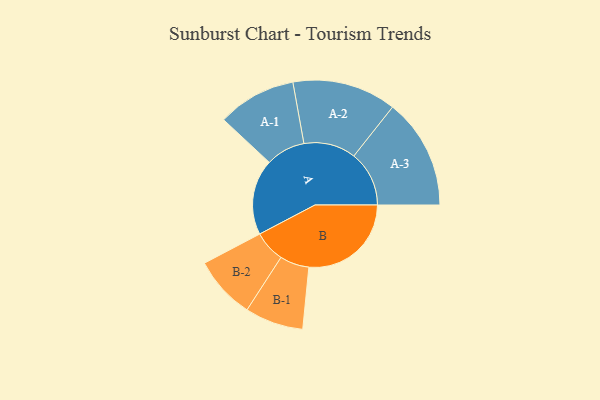
{"axis": {"x": "Segment", "y": "Value"}, "legend": ["", "A", "B"], "data": [{"x": "A", "y": 352, "type": ""}, {"x": "B", "y": 476, "type": ""}, {"x": "A-1", "y": 183, "type": "A"}, {"x": "A-2", "y": 242, "type": "A"}, {"x": "A-3", "y": 257, "type": "A"}, {"x": "B-1", "y": 136, "type": "B"}, {"x": "B-2", "y": 146, "type": "B"}]}